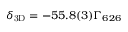
\ensuremath { \delta _ { \mathrm { 3 D } } } = - 5 5 . 8 ( 3 ) \ensuremath { \Gamma _ { 6 2 6 } }